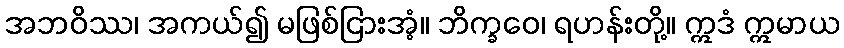
အဘဝိဿ၊ အကယ်၍ မဖြစ်ငြားအံ့။ ဘိက္ခဝေ၊ ရဟန်းတို့။ ဣဒံ ဣမာယ